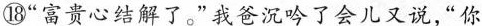
⑱“富贵心结解了。”我爸沉吟了会儿又说，“你